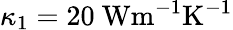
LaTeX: \kappa_{1}=20~\mathrm{{Wm^{-1}K^{-1}}}